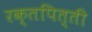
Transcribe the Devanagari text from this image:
रक्तपित्ती